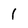
Character: 1